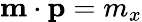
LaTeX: \mathbf{m}\cdot\mathbf{p}=m_{x}